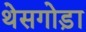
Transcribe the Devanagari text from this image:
थेसगोड़ा